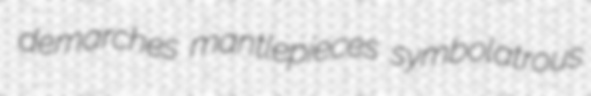
demarches mantlepieces symbolatrous